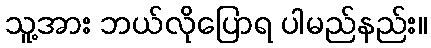
သူ့အား ဘယ်လိုပြောရ ပါမည်နည်း။